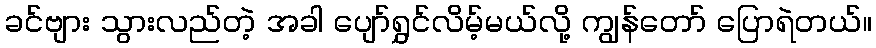
ခင်ဗျား သွားလည်တဲ့ အခါ ပျော်ရွှင်လိမ့်မယ်လို့ ကျွန်တော် ပြောရဲတယ်။